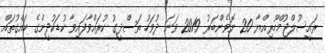
ރައީސުލްޖުމްހޫރިއްޔާ 20 ނޮވެންބަރު 2019 ވަނަ ދުވަހު ތަސްދީގު ކުރައްވާފައިވާ ކުޑަކުދީންގެ ހައްގުތައް